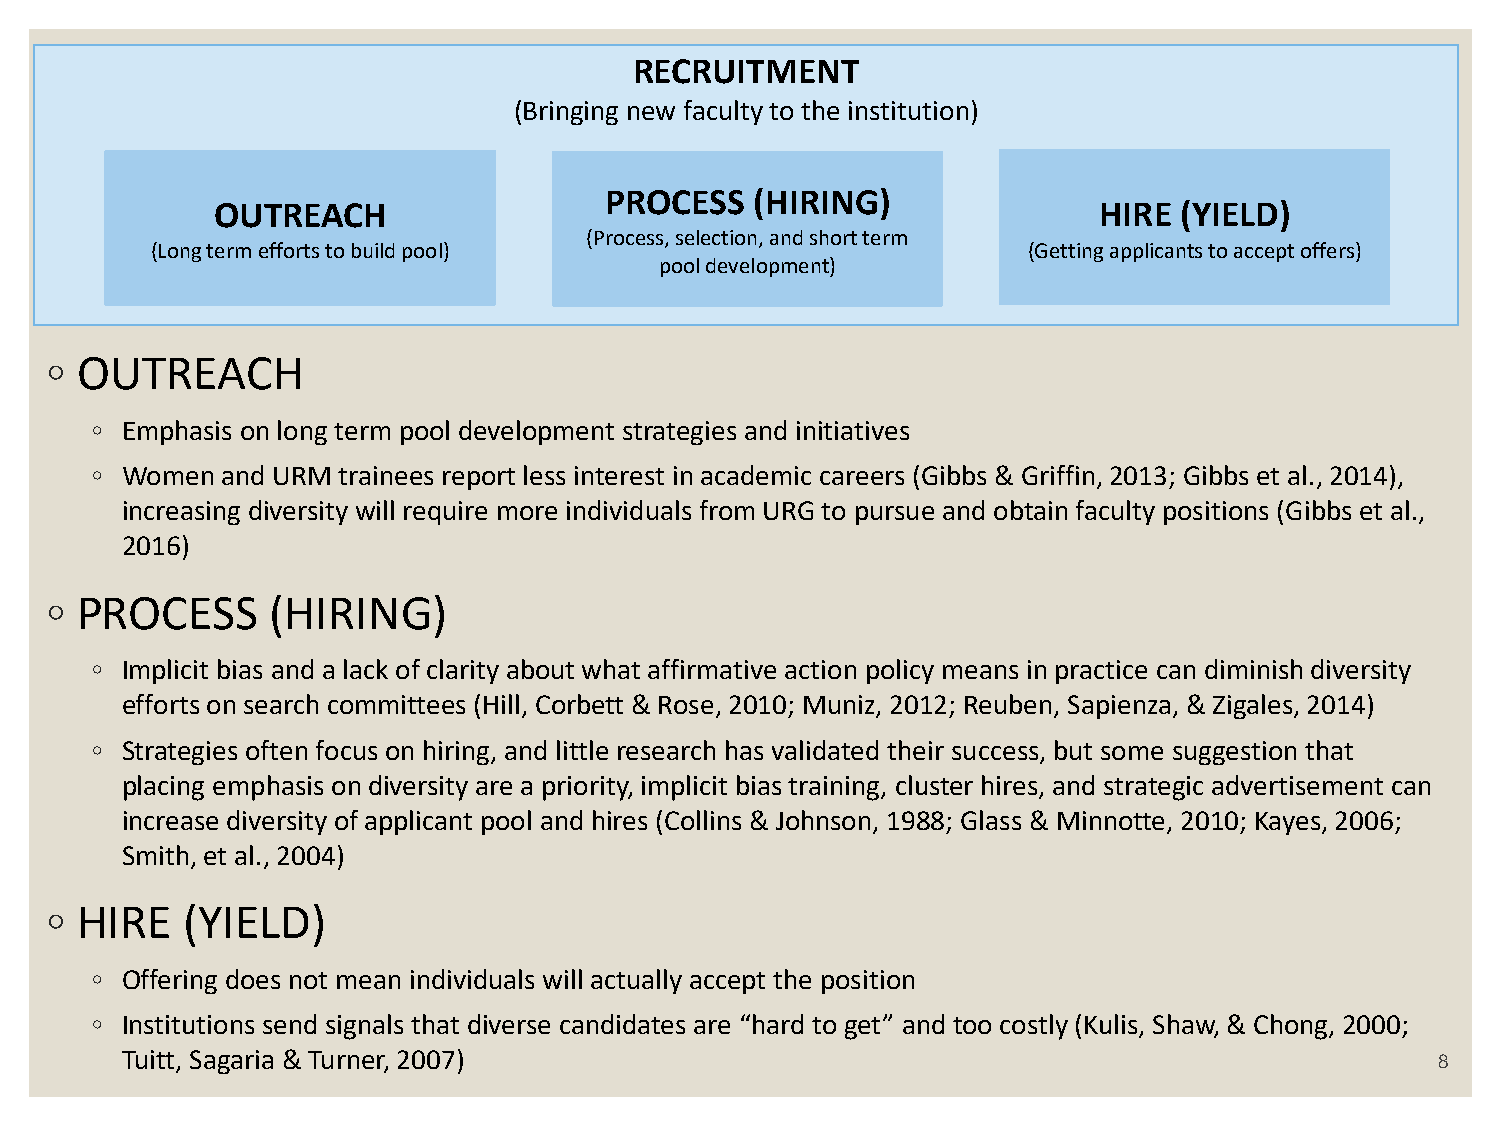
RECRUITMENT
 (Bringing new faculty to the institution)
 PROCESS   (HIRING)
 OUTREACH                                                   HIRE (YIELD)
 (Process, selection, and short term
 (Long term efforts to build pool)                         (Getting applicants to accept offers)
 pool development)
 ◦ OUTREACH
 ◦ Emphasis on long term pool development strategies and initiatives
 ◦ Women  and URM trainees report less interest in academic careers (Gibbs & Griffin, 2013; Gibbs et al., 2014),
 increasing diversity will require more individuals from URG to pursue and obtain faculty positions (Gibbs et al.,
 2016)
 ◦ PROCESS      (HIRING)
 ◦ Implicit bias and a lack of clarity about what affirmative action policy means in practice can diminish diversity
 efforts on search committees (Hill, Corbett & Rose, 2010; Muniz, 2012; Reuben, Sapienza, & Zigales, 2014)
 ◦ Strategies often focus on hiring, and little research has validated their success, but some suggestion that
 placing emphasis on diversity are a priority, implicit bias training, cluster hires, and strategic advertisement can
 increase diversity of applicant pool and hires (Collins & Johnson, 1988; Glass & Minnotte, 2010; Kayes, 2006;
 Smith, et al., 2004)
 ◦ HIRE   (YIELD)
 ◦ Offering does not mean individuals will actually accept the position
 ◦ Institutions send signals that diverse candidates are “hard to get” and too costly (Kulis, Shaw, & Chong, 2000;
 Tuitt, Sagaria & Turner, 2007)                                                         8